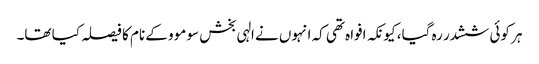
ہر کوئی ششدر رہ گیا، کیونکہ افواہ تھی کہ انہوں نے الہی بخش سو موو کے نام کا فیصلہ کیا تھا۔